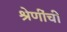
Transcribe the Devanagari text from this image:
श्रेणींची